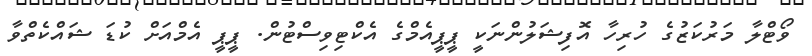
ވޯޓްލާ މަރުކަޒުގެ ހުރިހާ އޮފިޝަލުންނަކީ ޕީޕީއެމްގެ އެކްޓިވިސްޓުން. ޕީޕީ އެމްއަށް ކުޑަ ޝައްކެތްވާ